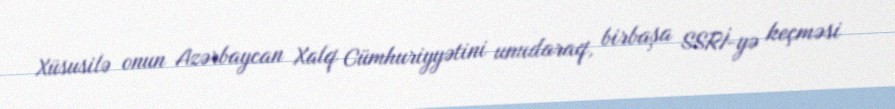
Xüsusilə onun Azərbaycan Xalq Cümhuriyyətini unudaraq, birbaşa SSRİ-yə keçməsi